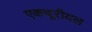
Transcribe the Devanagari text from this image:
एकचूरीयल